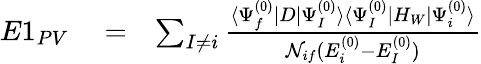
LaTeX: \begin{array}{rlr}{E1_{PV}}&{{}=}&{\sum_{I\ne i}\frac{\langle\Psi_{f}^{(0)}|D|\Psi_{I}^{(0)}\rangle\langle\Psi_{I}^{(0)}|H_{W}|\Psi_{i}^{(0)}\rangle}{{\cal N}_{if}(E_{i}^{(0)}-E_{I}^{(0)})}}\end{array}